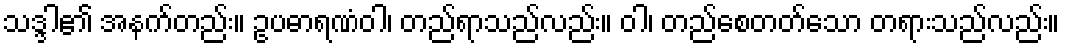
သဒ္ဒါ၏ အနက်တည်း။ ဥပဓာရဏံဝါ၊ တည်ရာသည်လည်း။ ဝါ၊ တည်စေတတ်သော တရားသည်လည်း။